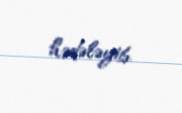
hədələyib.